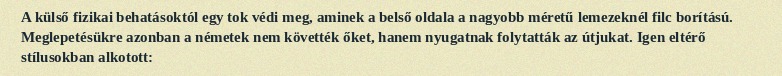
A külső fizikai behatásoktól egy tok védi meg, aminek a belső oldala a nagyobb méretű lemezeknél filc borítású. Meglepetésükre azonban a németek nem követték őket, hanem nyugatnak folytatták az útjukat. Igen eltérő stílusokban alkotott: